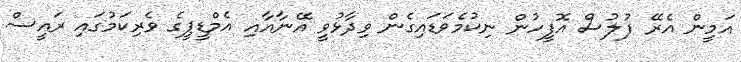
އަމީން އެރޭ ފުލުސް އޮފީހުން ނިކުމެވަޑައިގެން ވިދާޅުވީ އޭނާއާއި އެމްޑީޕީގެ ވެރިކަމުގައި ރައީސް